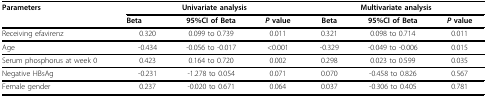
<table><thead><tr><td><b>Parameters</b></td><td colspan="3"><b>Univariate analysis</b></td><td colspan="3"><b>Multivariate analysis</b></td></tr><tr><td></td><td><b>Beta</b></td><td><b>95%CI of Beta</b></td><td><b><i>P </i>value</b></td><td><b>Beta</b></td><td><b>95%CI of Beta</b></td><td><b><i>P </i>value</b></td></tr></thead><tbody><tr><td>Receiving efavirenz</td><td>0.320</td><td>0.099 to 0.739</td><td>0.011</td><td>0.321</td><td>0.098 to 0.714</td><td>0.011</td></tr><tr><td>Age</td><td>-0.434</td><td>-0.056 to -0.017</td><td>&lt;0.001</td><td>-0.329</td><td>-0.049 to -0.006</td><td>0.015</td></tr><tr><td>Serum phosphorus at week 0</td><td>0.423</td><td>0.164 to 0.720</td><td>0.002</td><td>0.298</td><td>0.023 to 0.599</td><td>0.035</td></tr><tr><td>Negative HBsAg</td><td>-0.231</td><td>-1.278 to 0.054</td><td>0.071</td><td>0.070</td><td>-0.458 to 0.826</td><td>0.567</td></tr><tr><td>Female gender</td><td>0.237</td><td>-0.020 to 0.671</td><td>0.064</td><td>0.037</td><td>-0.306 to 0.405</td><td>0.781</td></tr></tbody></table>